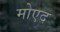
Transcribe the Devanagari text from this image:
मोएद